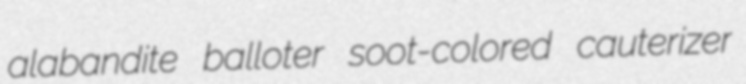
alabandite balloter soot-colored cauterizer